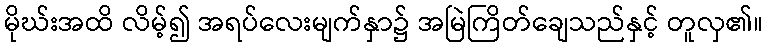
မိုဃ်းအထိ လိမ့်၍ အရပ်လေးမျက်နှာ၌ အမြဲကြိတ်ချေသည်နှင့် တူလှ၏။